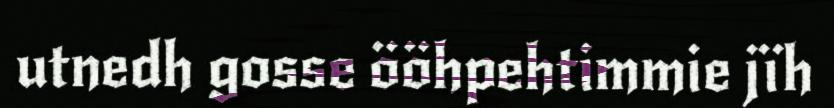
utnedh gosse ööhpehtimmie jïh